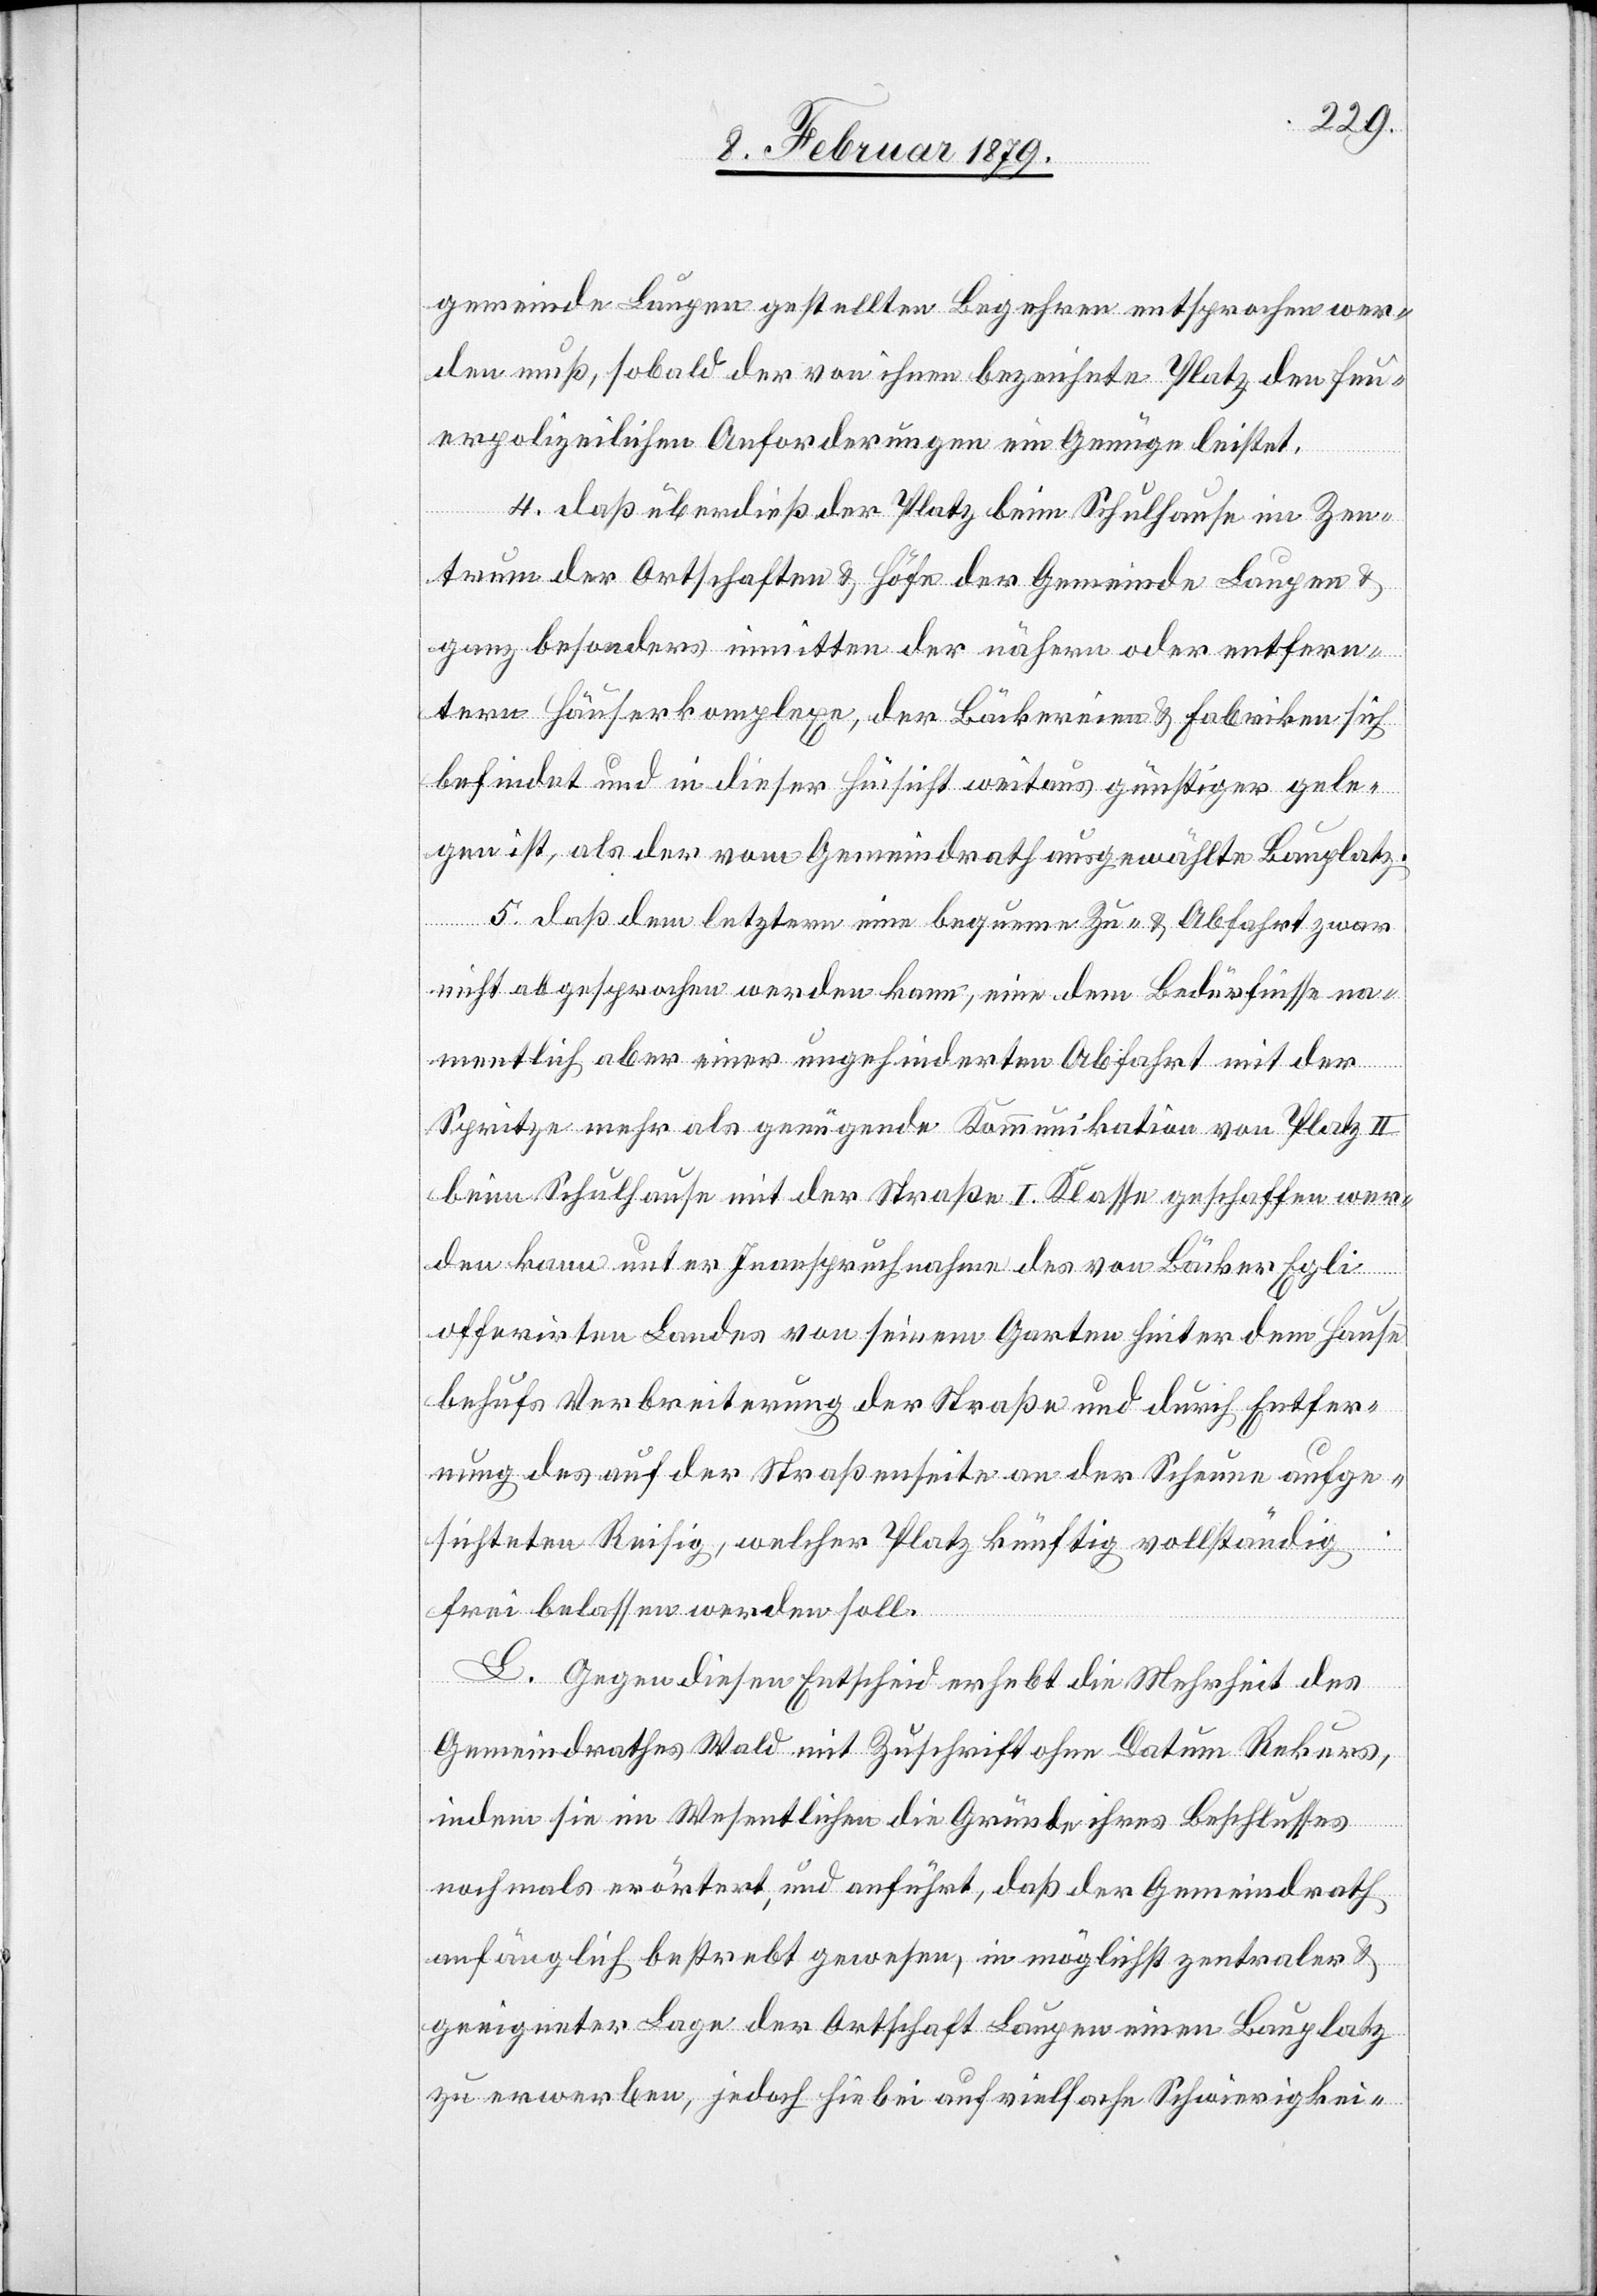
gemeinde Laupen gestellten Begehren entsprochen wer¬
den muß, sobald der von ihnen bezeichnete Platz den feu¬
erpolizeilichen Anforderungen ein Genüge leistet.
4. daß überdieß der Platz beim Schulhause im Zen¬
trum der Ortschaften & Höfe der Gemeinde Laupen &
ganz besonders inmitten der nähern oder entfern¬
tern Häuserkomplexe, der Bäckereien & Fabriken sich
befindet und in dieser Hinsicht weitaus günstiger gele¬
gen ist, als der vom Gemeindrath ausgewählte Bauplatz.
aufgesc¬
5. daß dem letztern eine bequeme Zu- & Abfahrt zwar
nicht abgesprochen werden kann, eine dem Bedürfnisse na¬
mentlich aber einer ungehinderten Abfahrt mit der
Spritze mehr als genügende Kommunikation von Platz II
beim Schulhause mit der Straße I. Klasse geschaffen wer¬
den kann unter Inanspruchnahme des von Bäcker Egli
offerirten Landes von seinem Garten hinter dem Hause
behufs Verbreiterung der Straße und durch Entfer¬
nung des auf der Straßenseite an der Scheune aufge¬
hichteten] Reisig, welcher Platz künftig vollständig
frei belassen werden soll.
[recte:
L. Gegen diesen Entscheid erhebt die Mehrheit des
Gemeindrathes Wald mit Zuschrift ohne Datum Rekurs,
indem sie im Wesentlichen die Gründe ihres Beschlusses
nochmals erörtert, und anführt, daß der Gemeindrath
anfänglich bestrebt gewesen, in möglichst zentraler &
geeigneter Lage der Ortschaft Laupen einen Bauplatz
zu erwerben, jedoch hiebei auf vielfache Schwierigkei-